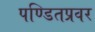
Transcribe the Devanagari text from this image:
पण्डितप्रवर